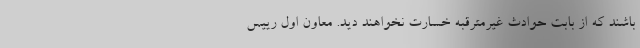
باشند که از بابت حوادث غیرمترقبه خسارت نخواهند دید. معاون اول رییس